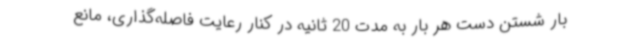
بار شستن دست هر بار به مدت 20 ثانیه در کنار رعایت فاصله‌گذاری، مانع